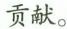
贡献。